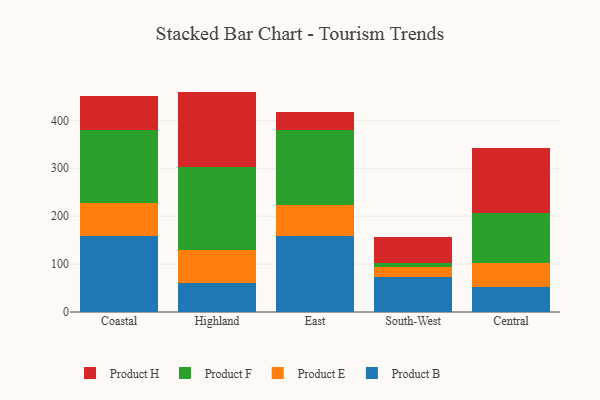
{"axis": {"x": "Region", "y": "Demand Index"}, "legend": ["Product B", "Product E", "Product F", "Product H"], "data": [{"x": "Coastal", "y": 158.8, "type": "Product B"}, {"x": "Coastal", "y": 68.0, "type": "Product E"}, {"x": "Coastal", "y": 152.9, "type": "Product F"}, {"x": "Coastal", "y": 70.3, "type": "Product H"}, {"x": "Highland", "y": 61.0, "type": "Product B"}, {"x": "Highland", "y": 68.3, "type": "Product E"}, {"x": "Highland", "y": 173.1, "type": "Product F"}, {"x": "Highland", "y": 157.7, "type": "Product H"}, {"x": "East", "y": 159.0, "type": "Product B"}, {"x": "East", "y": 65.4, "type": "Product E"}, {"x": "East", "y": 155.8, "type": "Product F"}, {"x": "East", "y": 38.1, "type": "Product H"}, {"x": "South-West", "y": 73.7, "type": "Product B"}, {"x": "South-West", "y": 20.8, "type": "Product E"}, {"x": "South-West", "y": 7.4, "type": "Product F"}, {"x": "South-West", "y": 55.0, "type": "Product H"}, {"x": "Central", "y": 52.9, "type": "Product B"}, {"x": "Central", "y": 49.3, "type": "Product E"}, {"x": "Central", "y": 104.3, "type": "Product F"}, {"x": "Central", "y": 135.7, "type": "Product H"}]}